Lunatic asylums Punjab 1895-1910 - 1895-1910
Year: 1895
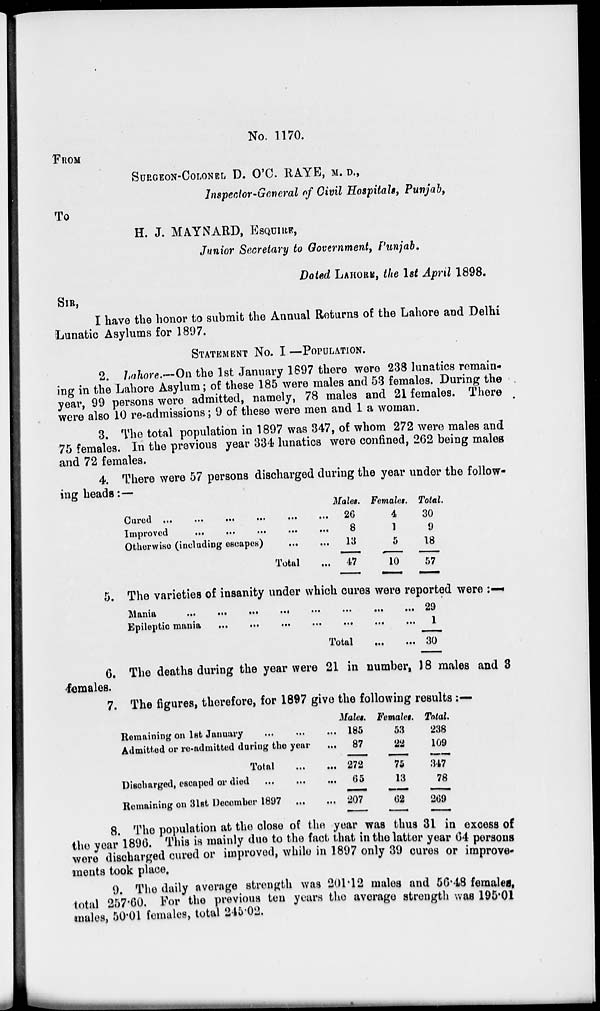
No. 1170.
FROM
SURGEON-COLONEL D. O'C. RAYE, M. D.,
Inspector-General of Civil Hospitals, Punjab,
To
H. J. MAYNARD, ESQUIRE,
Junior Secretary to Government, Punjab.
Dated LAHORE, the 1st April 1898.
SIR,
I have the honor to submit the Annual Returns of the Lahore and Delhi
Lunatic Asylums for 1897.
STATEMENT NO. I—POPULATION.
2. Lahore.—On the 1st January 1897 there were 238 lunatics remain-
ing in the Lahore Asylum; of these 185 were males and 53 females. During the
year, 99 persons were admitted, namely, 78 males and 21 females. There
were also 10 re-admissions; 9 of these were men and 1 a woman.
3. The total population in 1897 was 347, of whom 272 were males and
75 females. In the previous year 334 lunatics were confined, 262 being males
and 72 females.
4. There were 57 persons discharged during the year under the follow-
ing heads:—
Cured
...
..
...
...
...
...
Improved
...
...
...
...
...
Other wise (including escapes)
...
...
Total ...
Males.
26
8
13
47
Females.
4
1
5
10
Total.
30
9
18
57
5. The varieties of insanity under which cures were reported were :—
Mania
...
...
...
...
...
...
...
...
Epileptic mania
...
...
...
...
...
...
...
Total
... ...
29
1
30
6. The deaths during the year were 21 in number, 18 males and 3
females.
7. The figures, therefore, for 1897 give the following results :—
Remaining on 1st January... ... ...
Admitted or re-admitted during the year
Total ...
Discharged, escaped or died
...
...
Remaining on 31st December 1897 ...
Males.
185
87
272
65
207
Females.
53
22
75
13
62
Total
238
109
347
78
269
8. The population at the close of the year was thus 31 in excess of
the year 1896. This is mainly due to the fact that in the latter year 64 persons
were discharged cured or improved, while in 1897 only 39 cures or improve-
ments took place.
9. The daily average strength was 201.12 males and 56.48 females,
total 257.60. For the previous ten years the average strength was 195.01
males, 50.01 females, total 245.02.